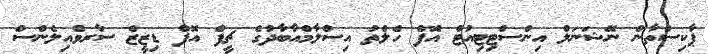
ޕާކިސްތާން ނޭޝަނަލް އިންސްޓިޓިއުޓް އޮފް ހެލްތު އިސްލާމްއާބާދުގެ ޗީފް އޮފް ޑިޒީޒް ސާރވެއިލެންސް